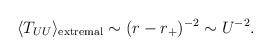
LaTeX: \begin{align*}\langle T_{UU} \rangle_{\rm extremal}\sim (r-r_+)^{-2} \sim U^{-2}.\end{align*}